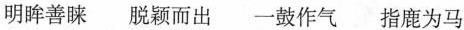
明眸善睐 脱颖而出 一鼓作气 指鹿为马